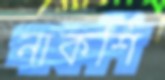
নাকশি